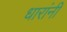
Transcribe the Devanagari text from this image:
धारांनी